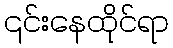
၎င်းနေထိုင်ရာ